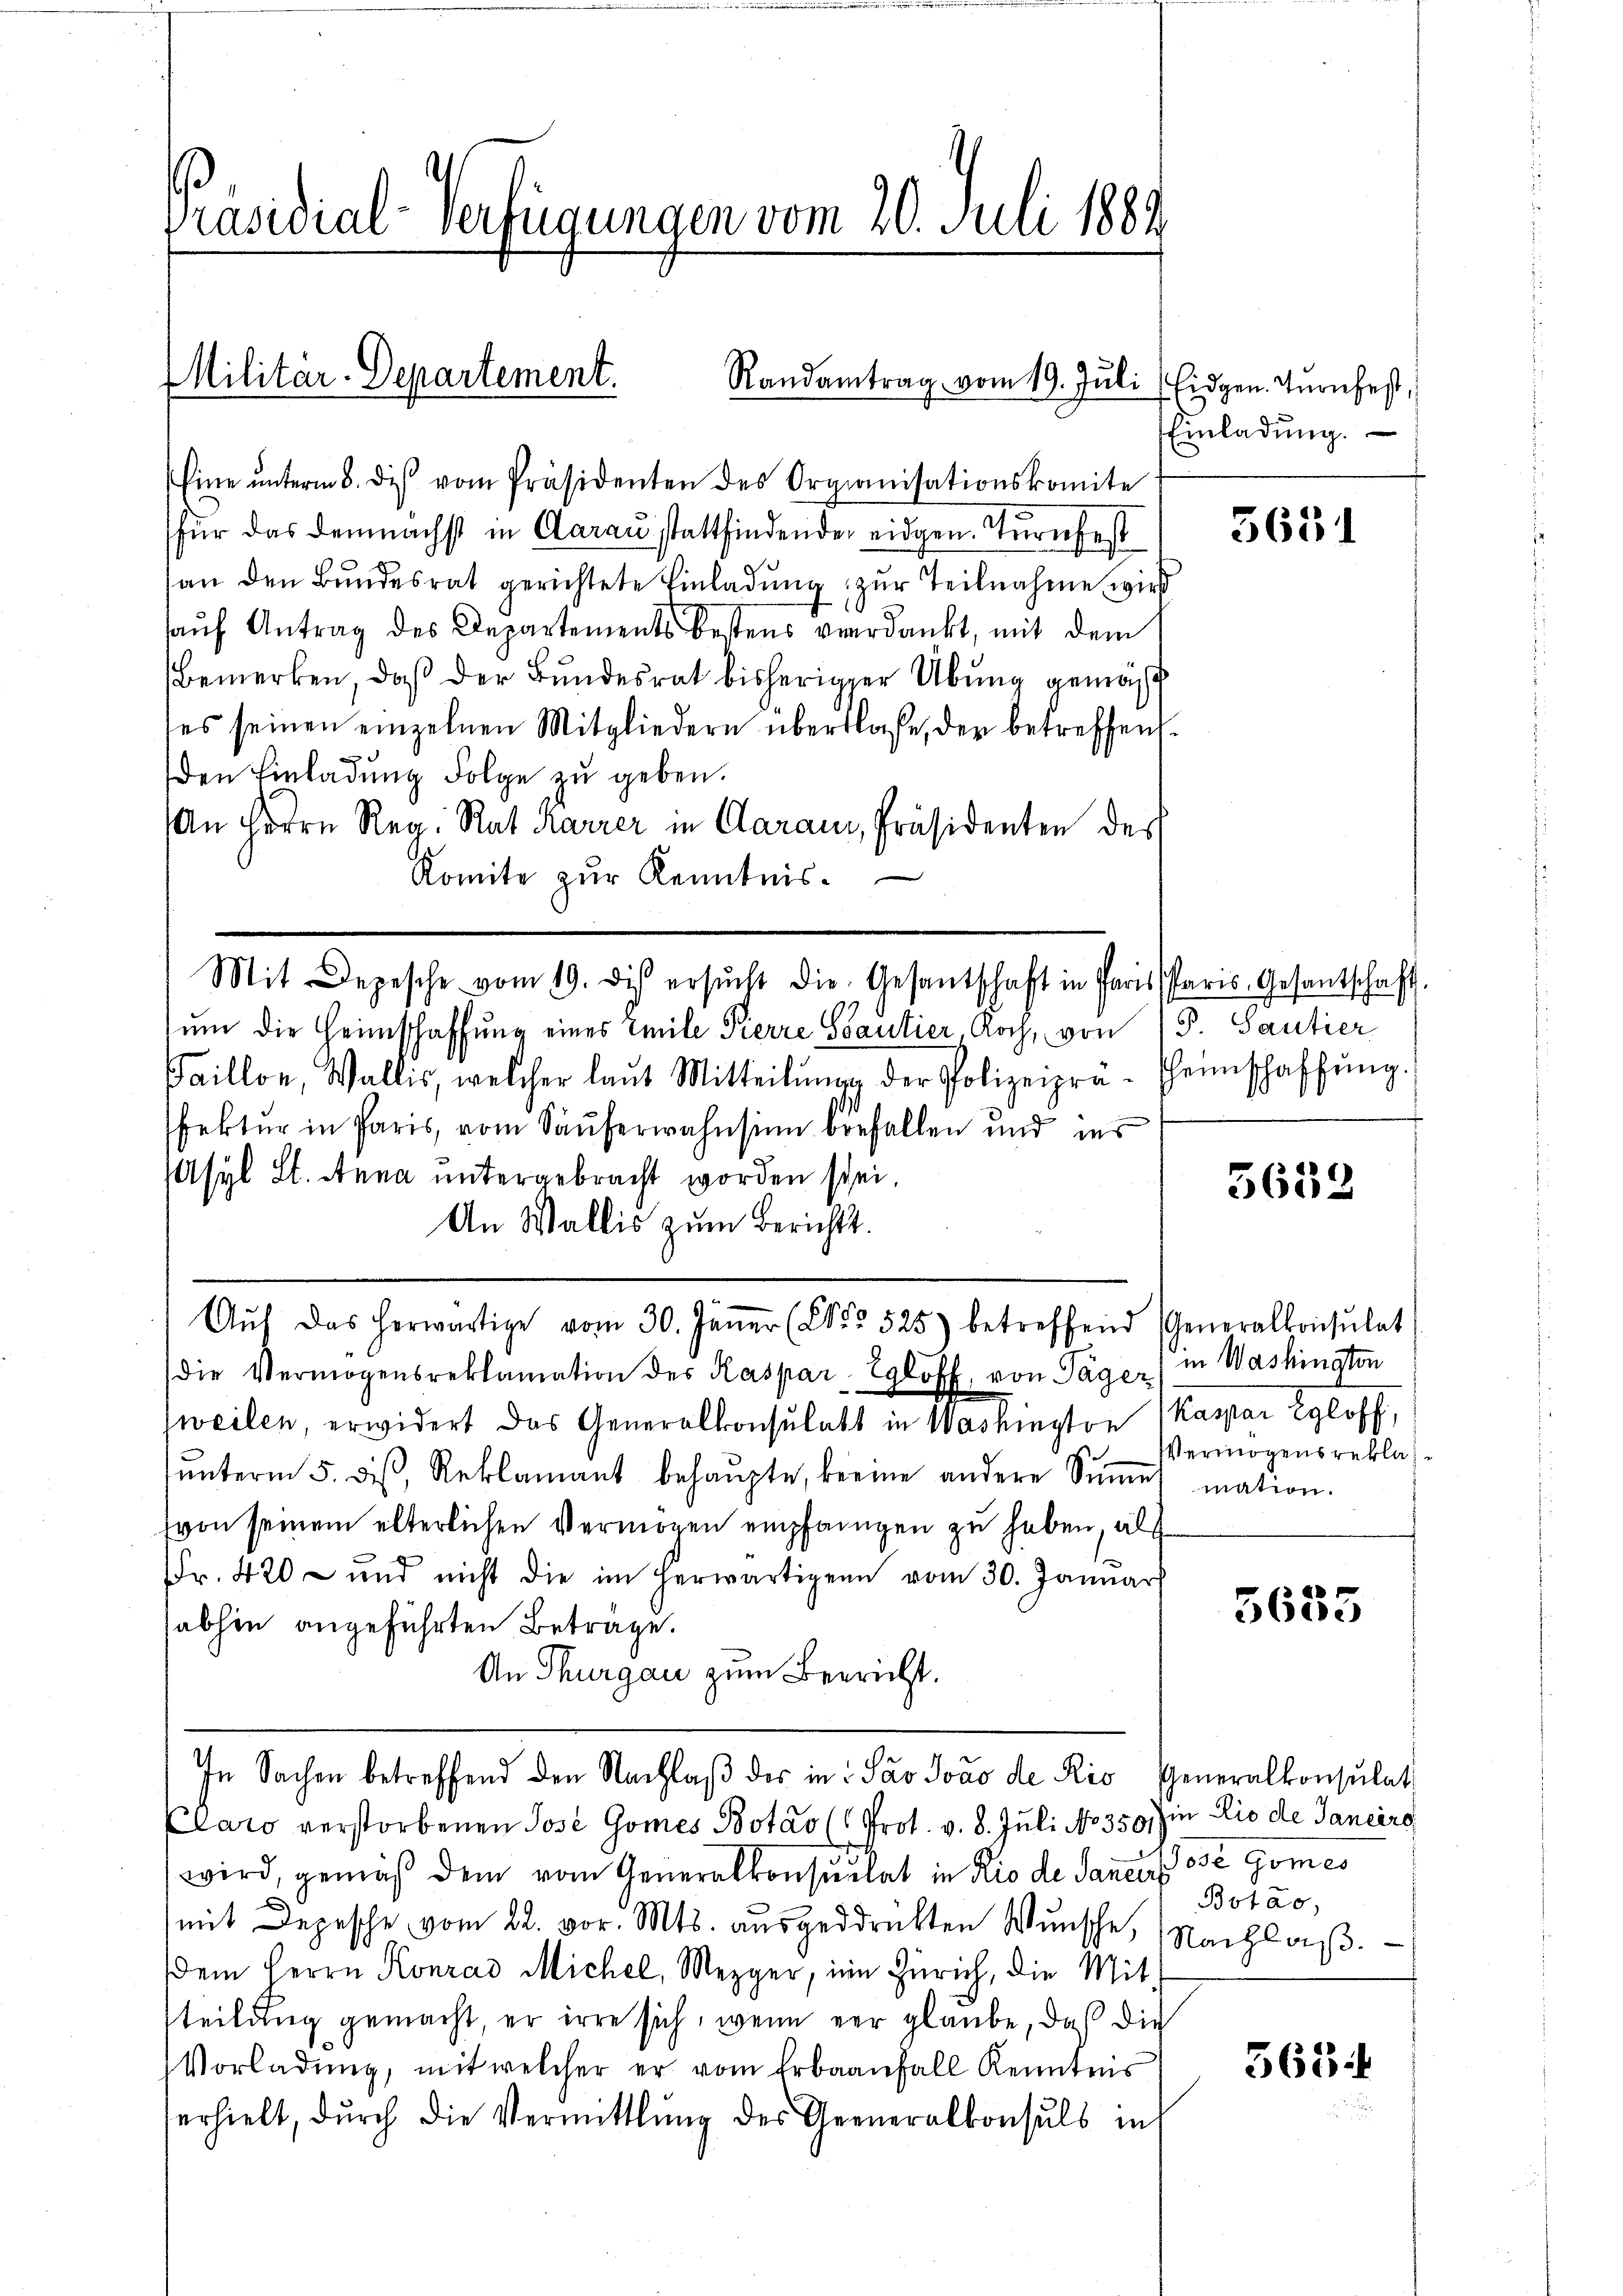
Präsidial-Verfügungen vom 20. Juli 1882

Militär-Departement.
Randantrag vom 19. Juli

Eine ŭnterm 8. des vom Präsidenten des Organisationskomite
für das demnächst in Aarau stattfindender eidgen. Turnfest
an den Bundesrat gerichtete Einladung zur Teilnahme wird
auf Antrag des Departements bestens verdankt, mit dem
Bemerken, daß der Bundesrat bisheriger Übung gemäß
es seinen einzelnen Mitgliedern überlaße, der betreffen.
den Einladung Folge zu geben.
An Herrn Reg. Rat Karrer in Claran, Präsidenten des
Komite zur Kenntnis.
ŭm die Heimschaffung eines Emile Pierre Stantier, Koch, von (S. Santier
Faillon, Wallis, welcher laŭt Mitteilŭng der Polizeipra-Heimschaffŭng.
sektur in Paris, vom Säuferwahnsinn befallen und ins
Asyl St. Anna untergebracht worden sei
An Wallis zum Berichts.
Aŭf das herwärtige vom 30. Jäṅer (Co 525) betreffend Generalkonsulat
die Vermögensreklamation des Kaspar Egloff, von Täger
weilen, erwidert das Generalkonsulats in Washington Kaspar Egloff,
ŭnterm 5. des Reklamant behaŭpte, keine andere Sinne mation.
(von seinem elterlichen Vermögen empfangen zu haben, als
Fr. 420 und nicht die im herwärtigen vom 30. Januar
sabhin angeführten Betrage.
An Thurgau zum Beericht.
In Sachen betreffend den Nachlaβ der in Par Jovo de Rio Generalkonsulat
Claro verstorbenen Jose Gomes Botar (Prot. v. 8. Juli No 359, in Lio de Janeiro
wird, gemäß dem vom Generalkonsulat in Rio de Sanen. O Gomes
mit Depesche vom 22. vor. Mts. aŭsgedrückten Wŭnsche Nachlaβ.
Dem Herrn Konrad Michel, Mezger, in Zürich, die Mit
teilung gemacht, er irre sich, wenn er glaube, daß die
Vorladung, mit welcher er vom Erbaanfall Kenntens
erhielt, durch die Vermittlung des Generalkonsuls in

Mit Depesche vom 19. des ersŭcht die Gesantschaft in Paris Paris Gesantschaft.

Eidgen. Zurufest,
Einladŭng.

5651

5652

in Washinaten
Vermögensreklag¬

3653

Botas,

3634